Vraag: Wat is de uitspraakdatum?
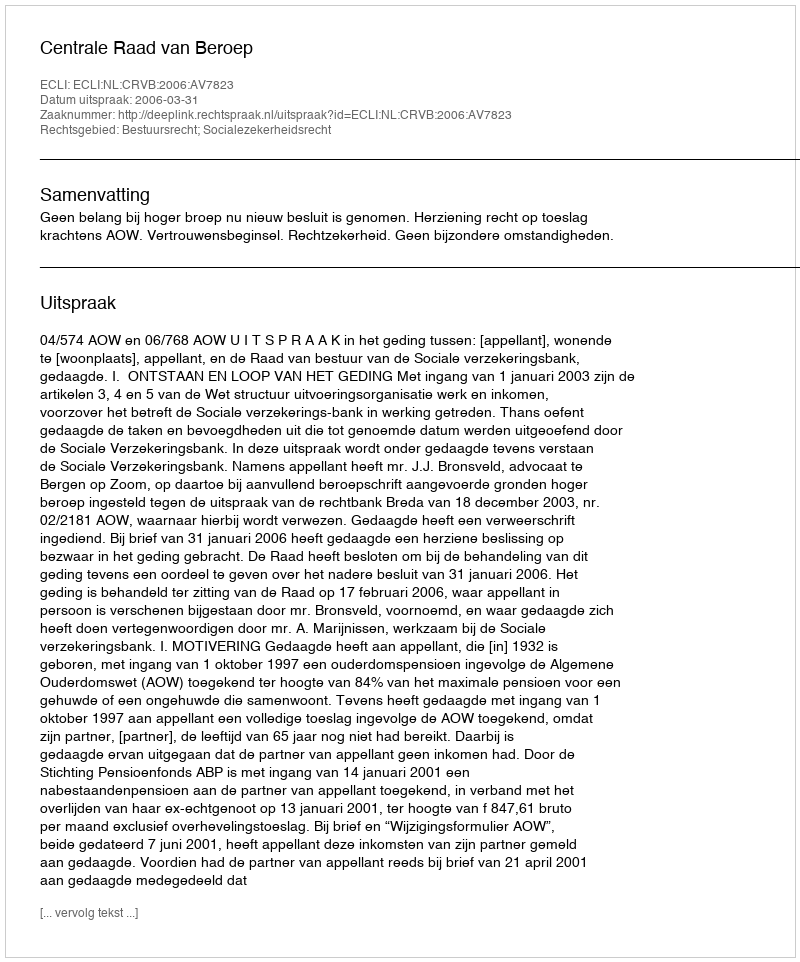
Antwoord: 2006-03-31